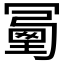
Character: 𠖜